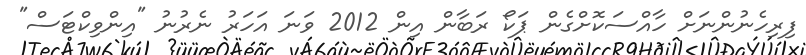
ފިރިހެނުންނަށް ހާއްސަކޮށްގެން ޕަކޯ ރަބާން އިން 2012 ވަނަ އަހަރު ނެރުނު "އިންވިކްޓަސް"